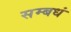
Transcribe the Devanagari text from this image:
सम्बधं